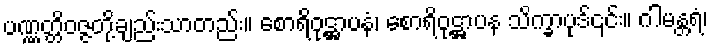
ပဏ္ဏတ္တိဝဇ္ဇတို့ချည်းသာတည်း။ စောရိဝုဋ္ဌာပနံ၊ စောရိဝုဋ္ဌာပန သိက္ခာပုဒ်၎င်း။ ဂါမန္တရံ၊